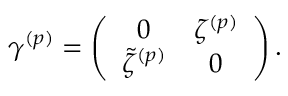
\gamma ^ { ( p ) } = \left( \begin{array} { c c } { { 0 } } & { { \zeta ^ { ( p ) } } } \\ { { \tilde { \zeta } ^ { ( p ) } } } & { { 0 } } \end{array} \right) .